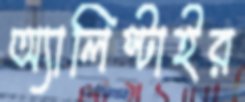
অ্যালিস্টাইর